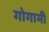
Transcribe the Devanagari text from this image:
गोगामी